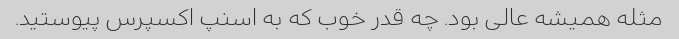
مثله همیشه عالی بود. چه قدر خوب که به اسنپ اکسپرس پیوستید.